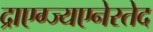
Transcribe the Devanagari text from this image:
द्राएग्ज्यएनेरतेद